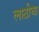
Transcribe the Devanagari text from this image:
लाठीचा